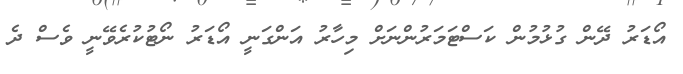
އޯޑަރު ދޭން ގުޅުމުން ކަސްޓަމަރުންނަށް މިހާރު އަންގަނީ އޯޑަރު ނޯޓުކުރެވޭނީ ވެސް ދެ